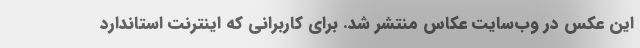
این عکس در وب‌سایت عکاس منتشر شد. برای کاربرانی که اینترنت استاندارد